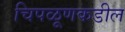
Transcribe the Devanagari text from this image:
चिपळूणकडील